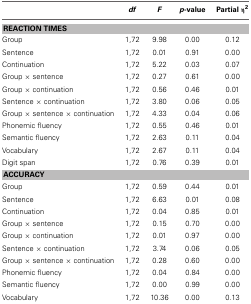
|  | df | F | p-value | Partial η2 |
 | --- | --- | --- | --- | --- |
 | <COLSPAN=5> REACTION TIMES |
 | Group | 1,72 | 9.98 | 0.00 | 0.12 |
 | Sentence | 1,72 | 0.01 | 0.91 | 0.00 |
 | Continuation | 1,72 | 5.22 | 0.03 | 0.07 |
 | Group × sentence | 1,72 | 0.27 | 0.61 | 0.00 |
 | Group × continuation | 1,72 | 0.56 | 0.46 | 0.01 |
 | Sentence × continuation | 1,72 | 3.80 | 0.06 | 0.05 |
 | Group × sentence × continuation | 1,72 | 4.33 | 0.04 | 0.06 |
 | Phonemic fluency | 1,72 | 0.55 | 0.46 | 0.01 |
 | Semantic fluency | 1,72 | 2.63 | 0.11 | 0.04 |
 | Vocabulary | 1,72 | 2.67 | 0.11 | 0.04 |
 | Digit span | 1,72 | 0.76 | 0.39 | 0.01 |
 | <COLSPAN=5> ACCURACY |
 | Group | 1,72 | 0.59 | 0.44 | 0.01 |
 | Sentence | 1,72 | 6.63 | 0.01 | 0.08 |
 | Continuation | 1,72 | 0.04 | 0.85 | 0.01 |
 | Group × sentence | 1,72 | 0.15 | 0.70 | 0.00 |
 | Group × continuation | 1,72 | 0.01 | 0.97 | 0.00 |
 | Sentence × continuation | 1,72 | 3.74 | 0.06 | 0.05 |
 | Group × sentence × continuation | 1,72 | 0.28 | 0.60 | 0.00 |
 | Phonemic fluency | 1,72 | 0.04 | 0.84 | 0.00 |
 | Semantic fluency | 1,72 | 0.00 | 0.99 | 0.00 |
 | Vocabulary | 1,72 | 10.36 | 0.00 | 0.13 |